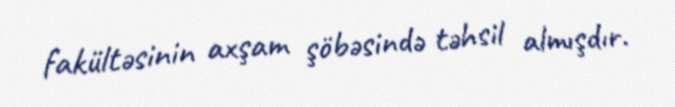
fakültəsinin axşam şöbəsində təhsil almışdır.